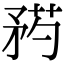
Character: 𥍰